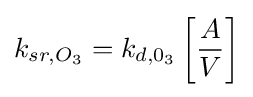
k_{sr,O_{3}}=k_{d,0_{3}}\left[{\frac {A}{V}}\right]